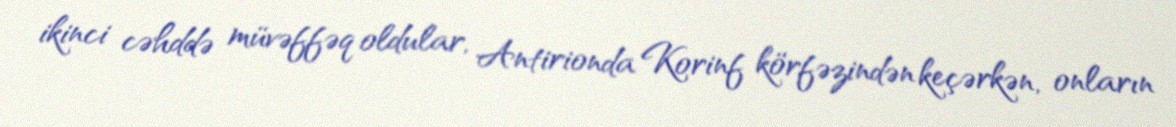
ikinci cəhddə müvəffəq oldular, Antirionda Korinf körfəzindən keçərkən, onların